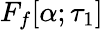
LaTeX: F_{f}[\alpha;\tau_{1}]